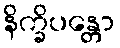
နိက္ခိပန္တော